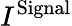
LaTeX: I^{\mathrm{Signal}}